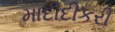
માદીદીકરી